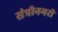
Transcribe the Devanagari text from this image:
संत्रीनगरी